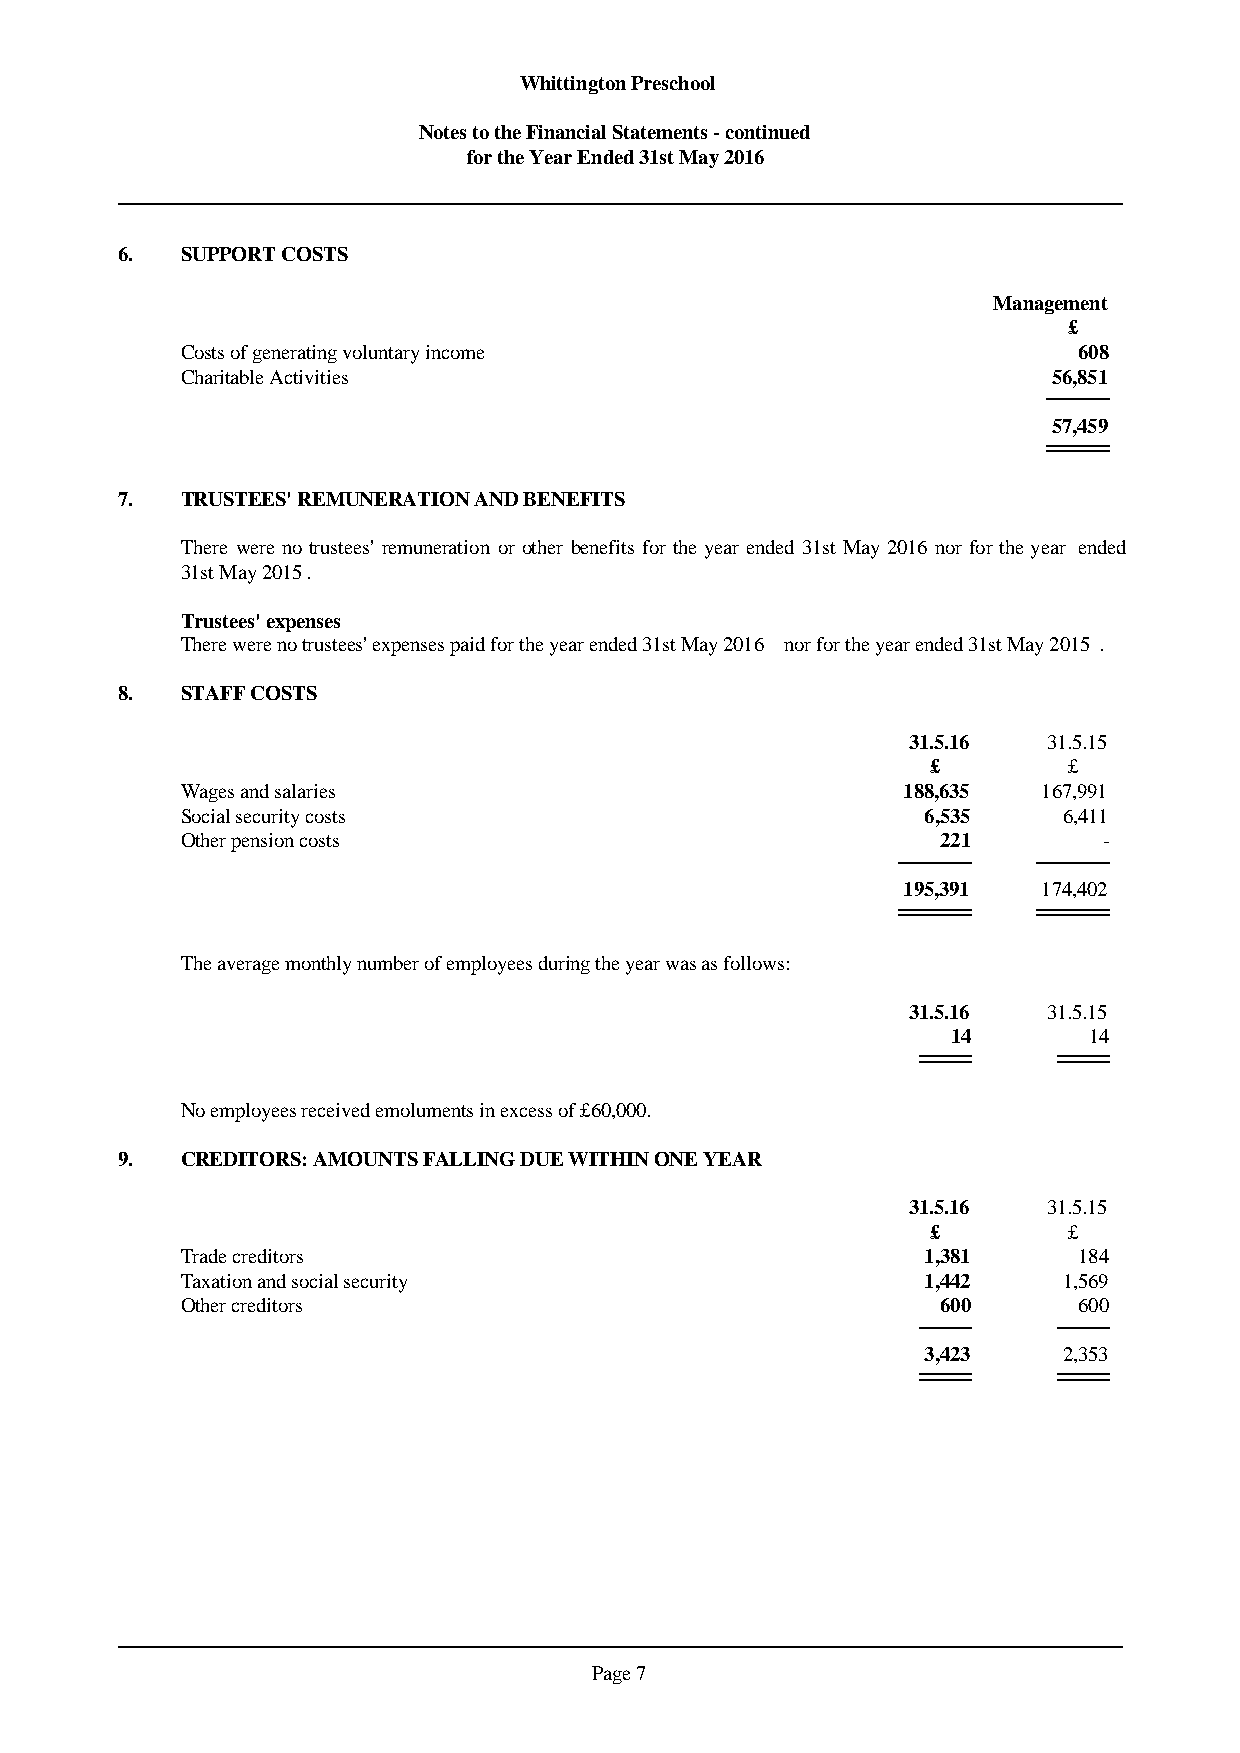
Whittington Preschool
 Notes to the Financial Statements - continued
 for the Year Ended 31st May 2016
 6.  SUPPORT COSTS
 Management
 £
 Costs of generating voluntary income                       608
 Charitable Activities                                     56,851
 57,459
 7.  TRUSTEES' REMUNERATION AND BENEFITS
 There werenotrustees'remunerationor other benefitsfortheyearended 31st May2016 norfortheyear ended
 31st May 2015.
 Trustees' expenses
 There were no trustees' expenses paid for the year ended 31st May 2016 nor for the year ended 31st May 2015.
 8.  STAFF COSTS
 31.5.16  31.5.15
 £        £
 Wages and salaries                              188,635  167,991
 Social security costs                            6,535    6,411
 Other pension costs                               221        -
 195,391  174,402
 The average monthly number of employees during the year was as follows:
 31.5.16  31.5.15
 14       14
 No employees received emoluments in excess of £60,000.
 9.  CREDITORS: AMOUNTS FALLING DUE WITHIN ONE YEAR
 31.5.16  31.5.15
 £        £
 Trade creditors                                  1,381     184
 Taxation and social security                     1,442    1,569
 Other creditors                                   600      600
 3,423    2,353
 Page 7